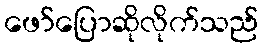
ဖော်ပြောဆိုလိုက်သည်